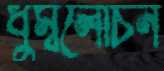
ধুম্বলোচন